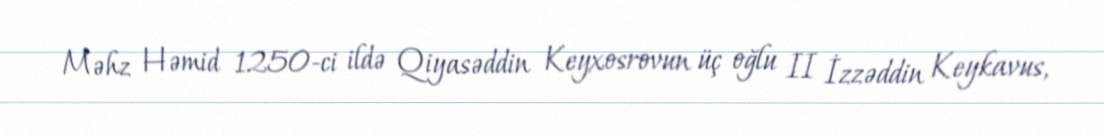
Məhz Həmid 1250-ci ildə Qiyasəddin Keyxosrovun üç oğlu II İzzəddin Keykavus,